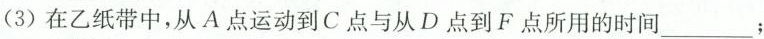
(3)在乙纸带中，从A点运动到C点与从D点到F点所用的时间___；